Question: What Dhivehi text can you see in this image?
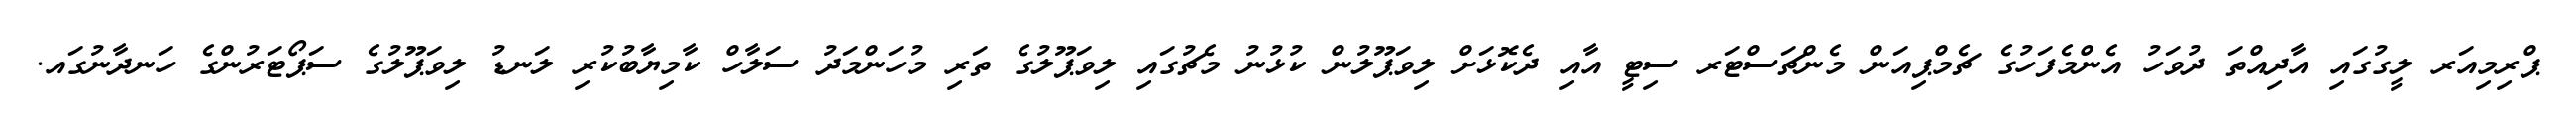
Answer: ޕްރިމިއަރ ލީގުގައި އާދިއްތަ ދުވަހު އެންމެފަހުގެ ޗެމްޕިއަން މެންޗަސްޓަރ ސިޓީ އާއި ދެކޮޅަށް ލިވަޕޫލުން ކުޅުނު މެޗުގައި ލިވަޕޫލުގެ ތަރި މުހަންމަދު ސަލާހް ކާމިޔާބުކުރި ލަނޑު ލިވަޕޫލުގެ ސަޕޯޓަރުންގެ ހަނދާނުގައ.